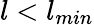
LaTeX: l<l_{min}